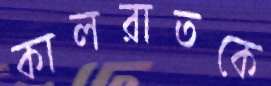
কালরাতকে